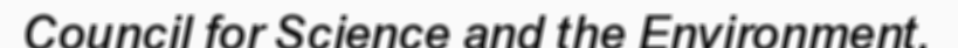
Council for Science and the Environment.